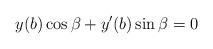
LaTeX: \begin{align*}y(b) \cos\beta+y'(b) \sin\beta=0\end{align*}